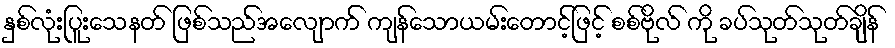
နှစ်လုံးပြူးသေနတ် ဖြစ်သည်အလျောက် ကျန်သောယမ်းတောင့်ဖြင့် စစ်ဗိုလ် ကို ခပ်သုတ်သုတ်ချိန်